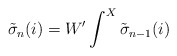
\begin{align*}{\tilde \sigma}_n (i) = W' \int^X {\tilde \sigma}_{n-1} (i)\end{align*}